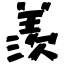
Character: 羨